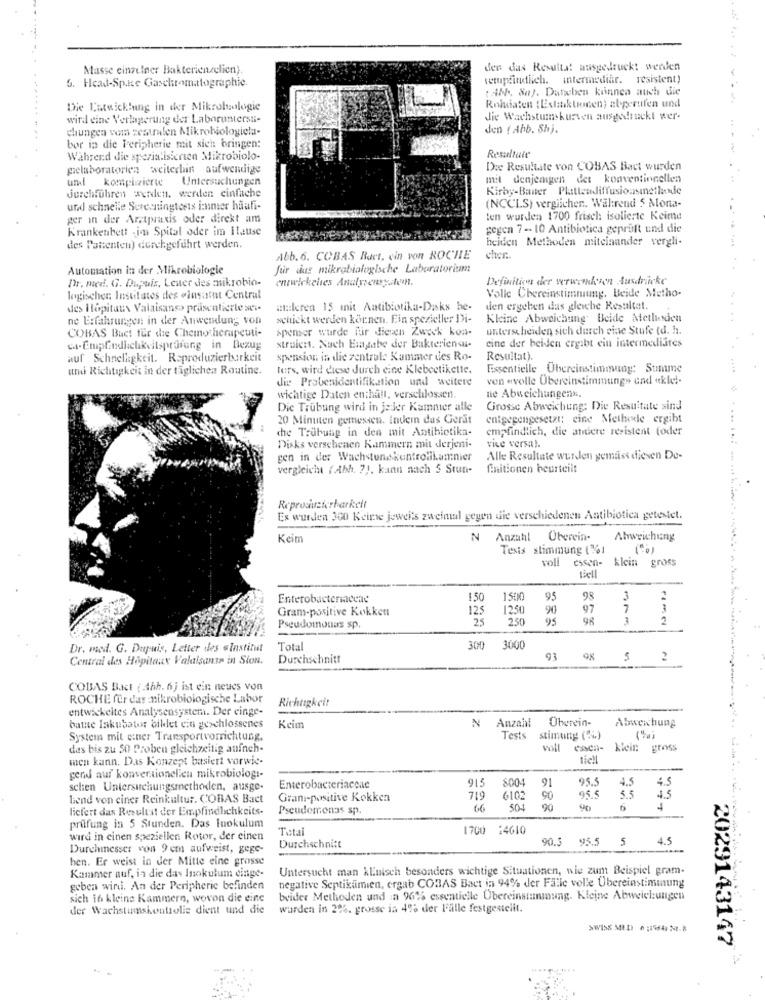
Masse einzelner Bakterienzelien).
den das Resultat ausgedruckt werden
5. Head-Sp.ke Gaschromatographie.
setupeindiich. intermediar. resistent)
tabh. Se). Daneben kinnen auch die
Die Entwicklung in der Mikrobiologie
Rohdaten {Extinktionen) abgerufen und
wird eine Verlagerung der Laboruntersu-
die Wachstumskurven ausgedruckt wer-
chungen vom zestralen Mikrobiologiela-
den ( Abb. Sh).
bor in die Peripherie mit sich bringen:
Während die spezialisierten Mikrobiolo-
Resultatt
pelaboratorien weiterhin aufwendige
Die Resultate von COBAS Bact wurden
um komplizierte Untersuchungen
mit denjenigen det konventionellen
Kirby-Baiter Plattendiffusionsinetlande
durchführen werden, werden einfache
(NCCLS) vergiicher .. Während 5 Mona-
und schnelle Screeningtests immer haafi-
ger in der Arztpraxis oder direkt am
ten wurden 1700 frisch isolierte Keime
Krankenbett ina Spital oder im Hause
gegen 7 -- 10 Antibiotica geprüft und die
heiden Methoden miteinander vergli-
des Patienten) durchgeführt werden.
Abb. 6. COBAS Buet, cin von ROCHE
cher ..
Automation in der Mikrobiologie
fur dus mikrobiologische Laboratorium:
Dr. med. G. Dupuis, Leuer des mikrobio-
entwickeltes Analysensystem.
Definition der wwwanderen Ausdrücke
logischen Institutes des olusumut Central
Valle Chereinstimmung. Beide Metho-
des Ilopitaux Valaisans> präsentierte sev.
ataleren 15 mit Antibiotika-Disks he-
den ergeben das gleiche Resultat.
ne Erfahrungen in der Anwendung von
schickt werden können. Ein spezieller Di-
Kleine Abweichung Beide Methoden
COBAS Buct für die Chemotherapeuti-
spenser wurde für diesen Zweck kon-
unterscheiden sich durch eine Stufe (d. h.
cine der beiden ergibt ein intermediates
struiert. Nach Empabe der Bakteriensui-
auf Schnelligkeit. Reproduzierbarkeit
spension in die zentrale Kummer des Ro-
Resultat).
atmi Richtigkeit in der täglichen Routine.
tors, wird diese durch eine Klebeetikette.
Essentielle Übereinstimmung: Summe
die Probenidentifikation und weitere
ven evolle Übereinstimmungs und «klei.
wichtige Daten enthält, verschlossen.
ne Abweichungens.
Die Trübung wird in jeder Kammer alle
Grosse Abweichung: Die Resultate sind
20 Minuten gemessen. indemn das Gerät
entgegengesetzt: eine Methode ergibt
che Trubuag in den mit Antibiotika-
empfindlich, die atiere resistent foder
Disks verschenen Kammern mit derjeni-
vice versa).
gen in der Wachstundkontrollkamnier
Alle Resultate wurden gemäss diesen De-
vergleicht { Abh. 71. kann nach 5 Stun-
finitionen beurteilt
Reproduzierharkelt
Es wurden 300 Keine jeweils zweimal gegen die verschiedenen Antibiotica getestet.
Keim
N Anzahl Überein-
Abweichung
Tesis stimmung (261
klein gross
Enterobacteriaceae
150
1500
95
98
3
2
Gram-positive Kokken
125
1250
90
97
7
25
250
95
98
3
Pseudomonas sp.
Dr. med. G. Dupuis, Letter des «Institut
Total
300
3000
Central des Hôpitaux Valaisante in Sion.
Durchschnitt
98 5 2
COBAS Bact { Ahh. 6j ist ein neues von
ROCHE für das :mikrobiologische Labor
Richtigkeit
entwickeltes Analysensystem. Der einge-
N
Anzahl
Überein-
batte Inkubator ofklet ein geschlossenes
Keim
Abweichung
Systems mit einer Transportvorrichtung,
Tests
stimuny (%)
(%)
das bis zu 50 Proben gleichzeitig anfneh-
voll
klein
gross
men kann. Das Konzept basiert vorwie
tic !!
gend auf konventionellen mikrobiologi-
915
8004
91
95.5
4.5
4.5
schien Untersuchungsmethoden, ausge-
Enterobacteriaceae
45
Lend von ciner Reinkultur. COBAS Bact
Gram-positive Kokken
719
6102
90
95.5
55
liefert das Resultat der Empfindlichkeits-
Pseudomonas sp
66
504
90
90
prüfung in 5 Stunden. Das Inokulum
Total
1700 :4610
wird in cinen speziellen Rotor, der einen
90.5
5
4.5
Durchmesser von 9 cm aufweist, gege-
Durchschnitt
hen. Er weist in der Mitte eine grosse
Kammer auf, in die das Inokulum einge-
Untersucht man klinisch besonders wichtige Situationen, wie zum Beispiel gram-
negative Septikamien, ergab COBAS Bact ia 94% der Fälle volle Übereinstimmung
geben wird. An der Peripherie befinden
sich in kleine Kammern, wovon die eine
beider Methoden und :a 96% essentielle Übereinstimmung. Kleine Abweichungen
der Wachstumskontrolle dient und die
wurden in 2%. grosse in 4% der l'lille festgestellt.
2029143147